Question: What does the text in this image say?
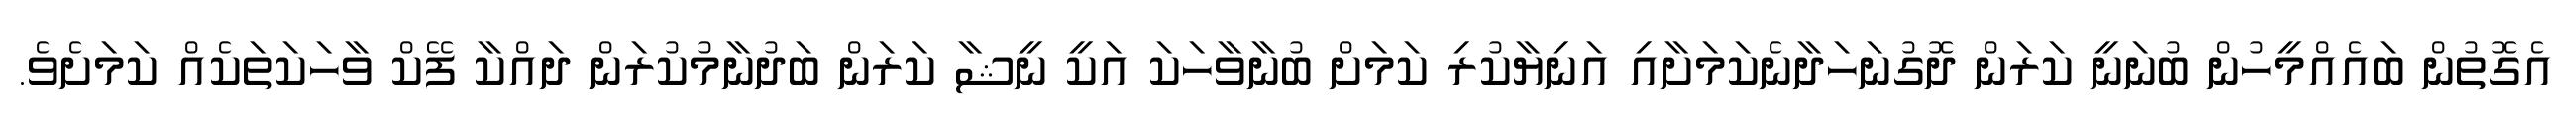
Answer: އެގޮތުން ބައެއްމީހުން ބުނަނީ ކަރަން ދޮގުނަހަދާނެކަމަށާއި އަނިޔާކުރި ކަމަށް ބުނާވާހަކަ އަކީ ނީޝާ ކަރަން ބަދުނާމުކުރަން ދައްކާ ފޭކް ވާހަކަތަކެއް ކަމަށެވެ.